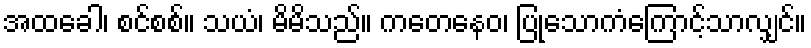
အထခေါ၊ စင်စစ်။ သယံ၊ မိမိသည်။ ကတေနေဝ၊ ပြုသောကံကြောင့်သာလျှင်။